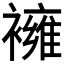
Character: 𧝸